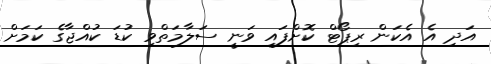
އަދި އެ އެކަން ރިޕޯޓް ކޮށްފައި ވަނީ ސަލާމަތްވި ކުޑަ ކުއްޖާގެ ކަމަށް